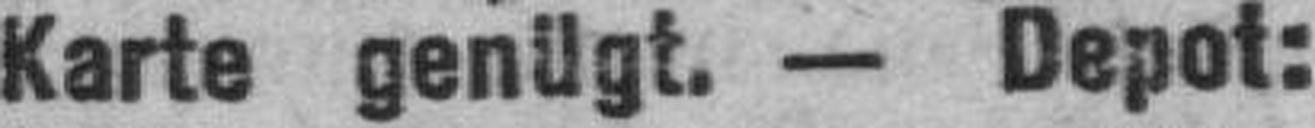
Karte genügt. — Depot: